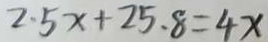
2 . 5 x + 2 5 . 8 = 4 x